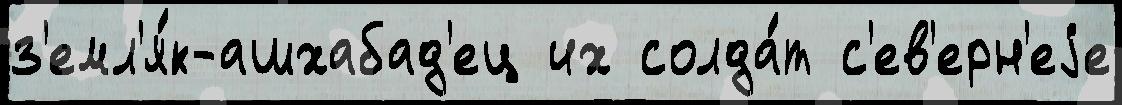
з'емл'я́к-ашхабад'ец их солда́т с'ев'ерн'еjе